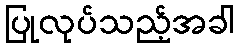
ပြုလုပ်သည့်အခါ